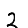
Digit: 2